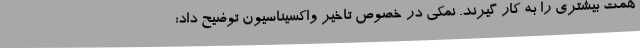
همت بیشتری را به کار گیرند. نمکی در خصوص تاخیر واکسیناسیون توضیح داد: